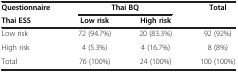
| Questionnaire | <COLSPAN=2> Thai BQ | Total |
 | Thai ESS | Low risk | High risk |  |
 | --- | --- | --- | --- |
 | Low risk | 72 (94.7%) | 20 (83.3%) | 92 (92%) |
 | High risk | 4 (5.3%) | 4 (16.7%) | 8 (8%) |
 | Total | 76 (100%) | 24 (100%) | 100 (100%) |